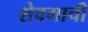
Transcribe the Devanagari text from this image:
शेवगाची